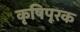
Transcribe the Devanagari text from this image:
कृषिपूरक